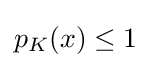
{\textstyle p_{K}(x)\leq 1}